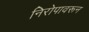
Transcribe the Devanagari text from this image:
निरोपावरून